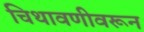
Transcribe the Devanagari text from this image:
चिथावणीवरून